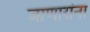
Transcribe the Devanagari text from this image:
जाणारांना